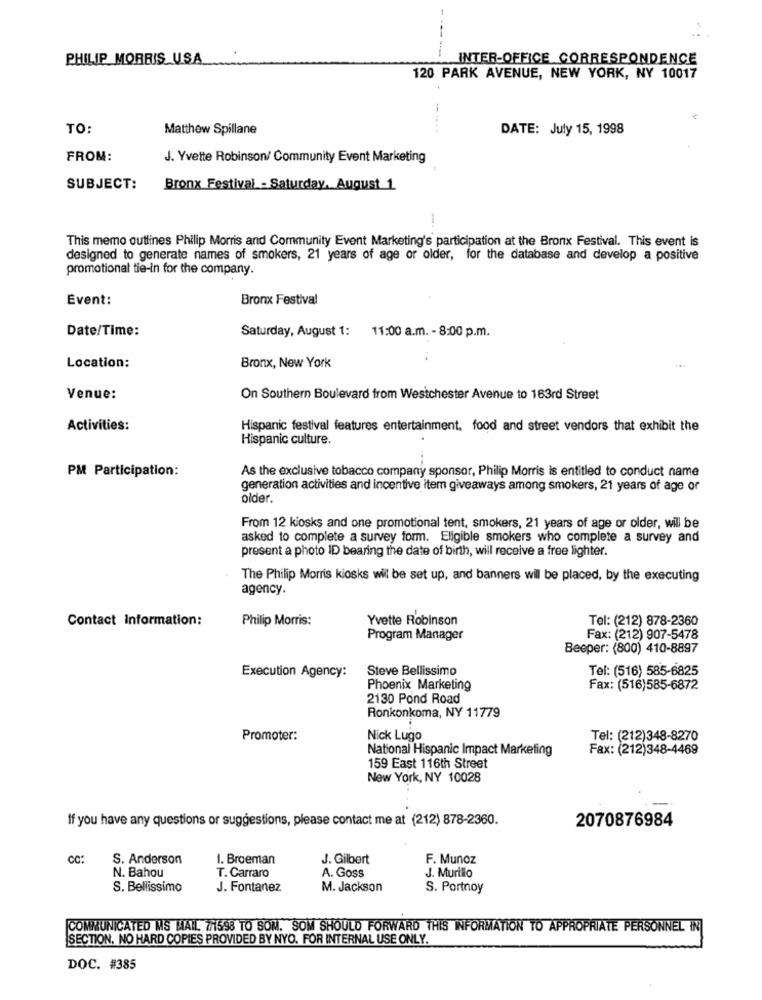
PHILIP MORRIS USA
------
INTER-OFFICE CORRESPONDENCE
120 PARK AVENUE, NEW YORK, NY 10017
TO:
Matthew Spillane
DATE: July 15, 1998
FROM:
J. Yvette Robinson/ Community Event Marketing
SUBJECT:
Bronx Festival - Saturday, August 1
-
This memo outlines Philip Morris and Community Event Marketing's participation at the Bronx Festival. This event is
designed to generate names of smokers, 21 years of age or older, for the database and develop a positive
promotional tie-in for the company.
Event:
Bronx Festival
Date/Time:
Saturday, August 1: 11:00 a.m. - 8:00 p.m.
Location:
Bronx, New York
Venue:
On Southern Boulevard from Westchester Avenue to 163rd Street
Activities:
Hispanic festival features entertainment, food and street vendors that exhibit the
Hispanic culture.
PM Participation:
As the exclusive tobacco company sponsor, Philip Morris is entitled to conduct name
generation activities and incentive item giveaways among smokers, 21 years of age or
older.
From 12 kiosks and one promotional tent, smokers, 21 years of age or older, will be
asked to complete a survey form. Eligible smokers who complete a survey and
present a photo ID bearing the date of birth, will receive a free lighter.
The Philip Morris kiosks wil be set up, and banners will be placed, by the executing
agency.
Contact Information:
Philip Morris:
Yvette Robinson
Tel: (212) 878-2360
Program Manager
Fax: (212) 907-5478
Beeper: (800) 410-8897
Steve Bellissimo
Tel: (516) 585-6825
Execution Agency:
Phoenix Marketing
Fax: (516)585-6872
2130 Pond Road
Ronkonkoma, NY 11779
Promoter:
Nick Lugo
Tel: (212)348-8270
National Hispanic Impact Marketing
Fax: (212)348-4469
159 East 116th Street
New York, NY 10028
If you have any questions or suggestions, please contact me at (212) 878-2360.
2070876984
CC:
S. Anderson
1. Broeman
J. Gilbert
F. Munoz
N. Bahou
A. Goss
J. Murillo
T. Carraro
S. Bellissimo
J. Fontanez
M. Jackson
S. Portnoy
COMMUNICATED MS MALL 7/1598 TO SOM. SOM SHOULD FORWARD THIS INFORMATION TO APPROPRIATE PERSONNEL IN
SECTION. NO HARD COPIES PROVIDED BY NYO. FOR INTERNAL USE ONLY.
DOC. #385